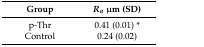
<table><thead><tr><td><b>Group</b></td><td><b><i>R<sub>a</sub></i> μm (SD)</b></td></tr></thead><tbody><tr><td>p-Thr</td><td>0.41 (0.01) *</td></tr><tr><td>Control</td><td>0.24 (0.02)</td></tr></tbody></table>